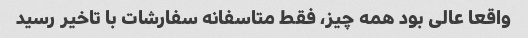
واقعا عالى بود همه چیز، فقط متاسفانه سفارشات با تاخیر رسید